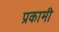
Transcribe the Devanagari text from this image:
प्रकामी